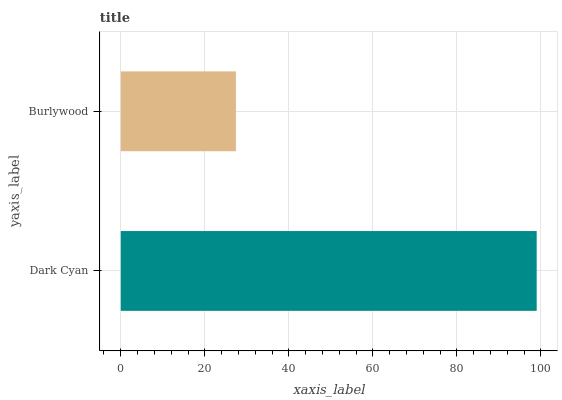
| yaxis_label | bars |
 | --- | --- |
 | Dark Cyan | 99 |
 | Burlywood | 27.4 |